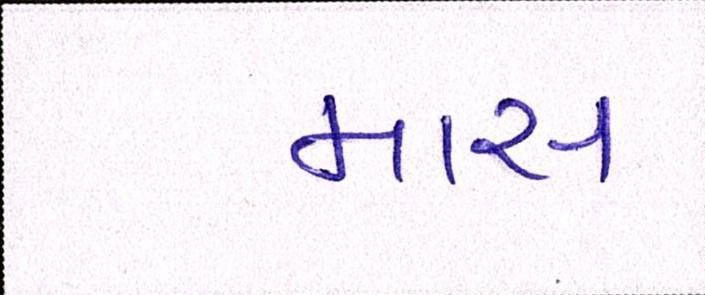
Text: માસ